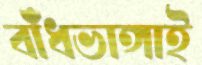
বাঁধভাঙ্গাই